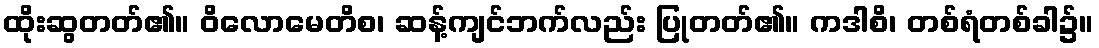
ထိုးဆွတတ်၏။ ဝိလောမေတိစ၊ ဆန့်ကျင်ဘက်လည်း ပြုတတ်၏။ ကဒါစိ၊ တစ်ရံတစ်ခါ၌။